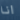
انا